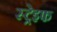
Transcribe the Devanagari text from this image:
स्ट्रेइफ